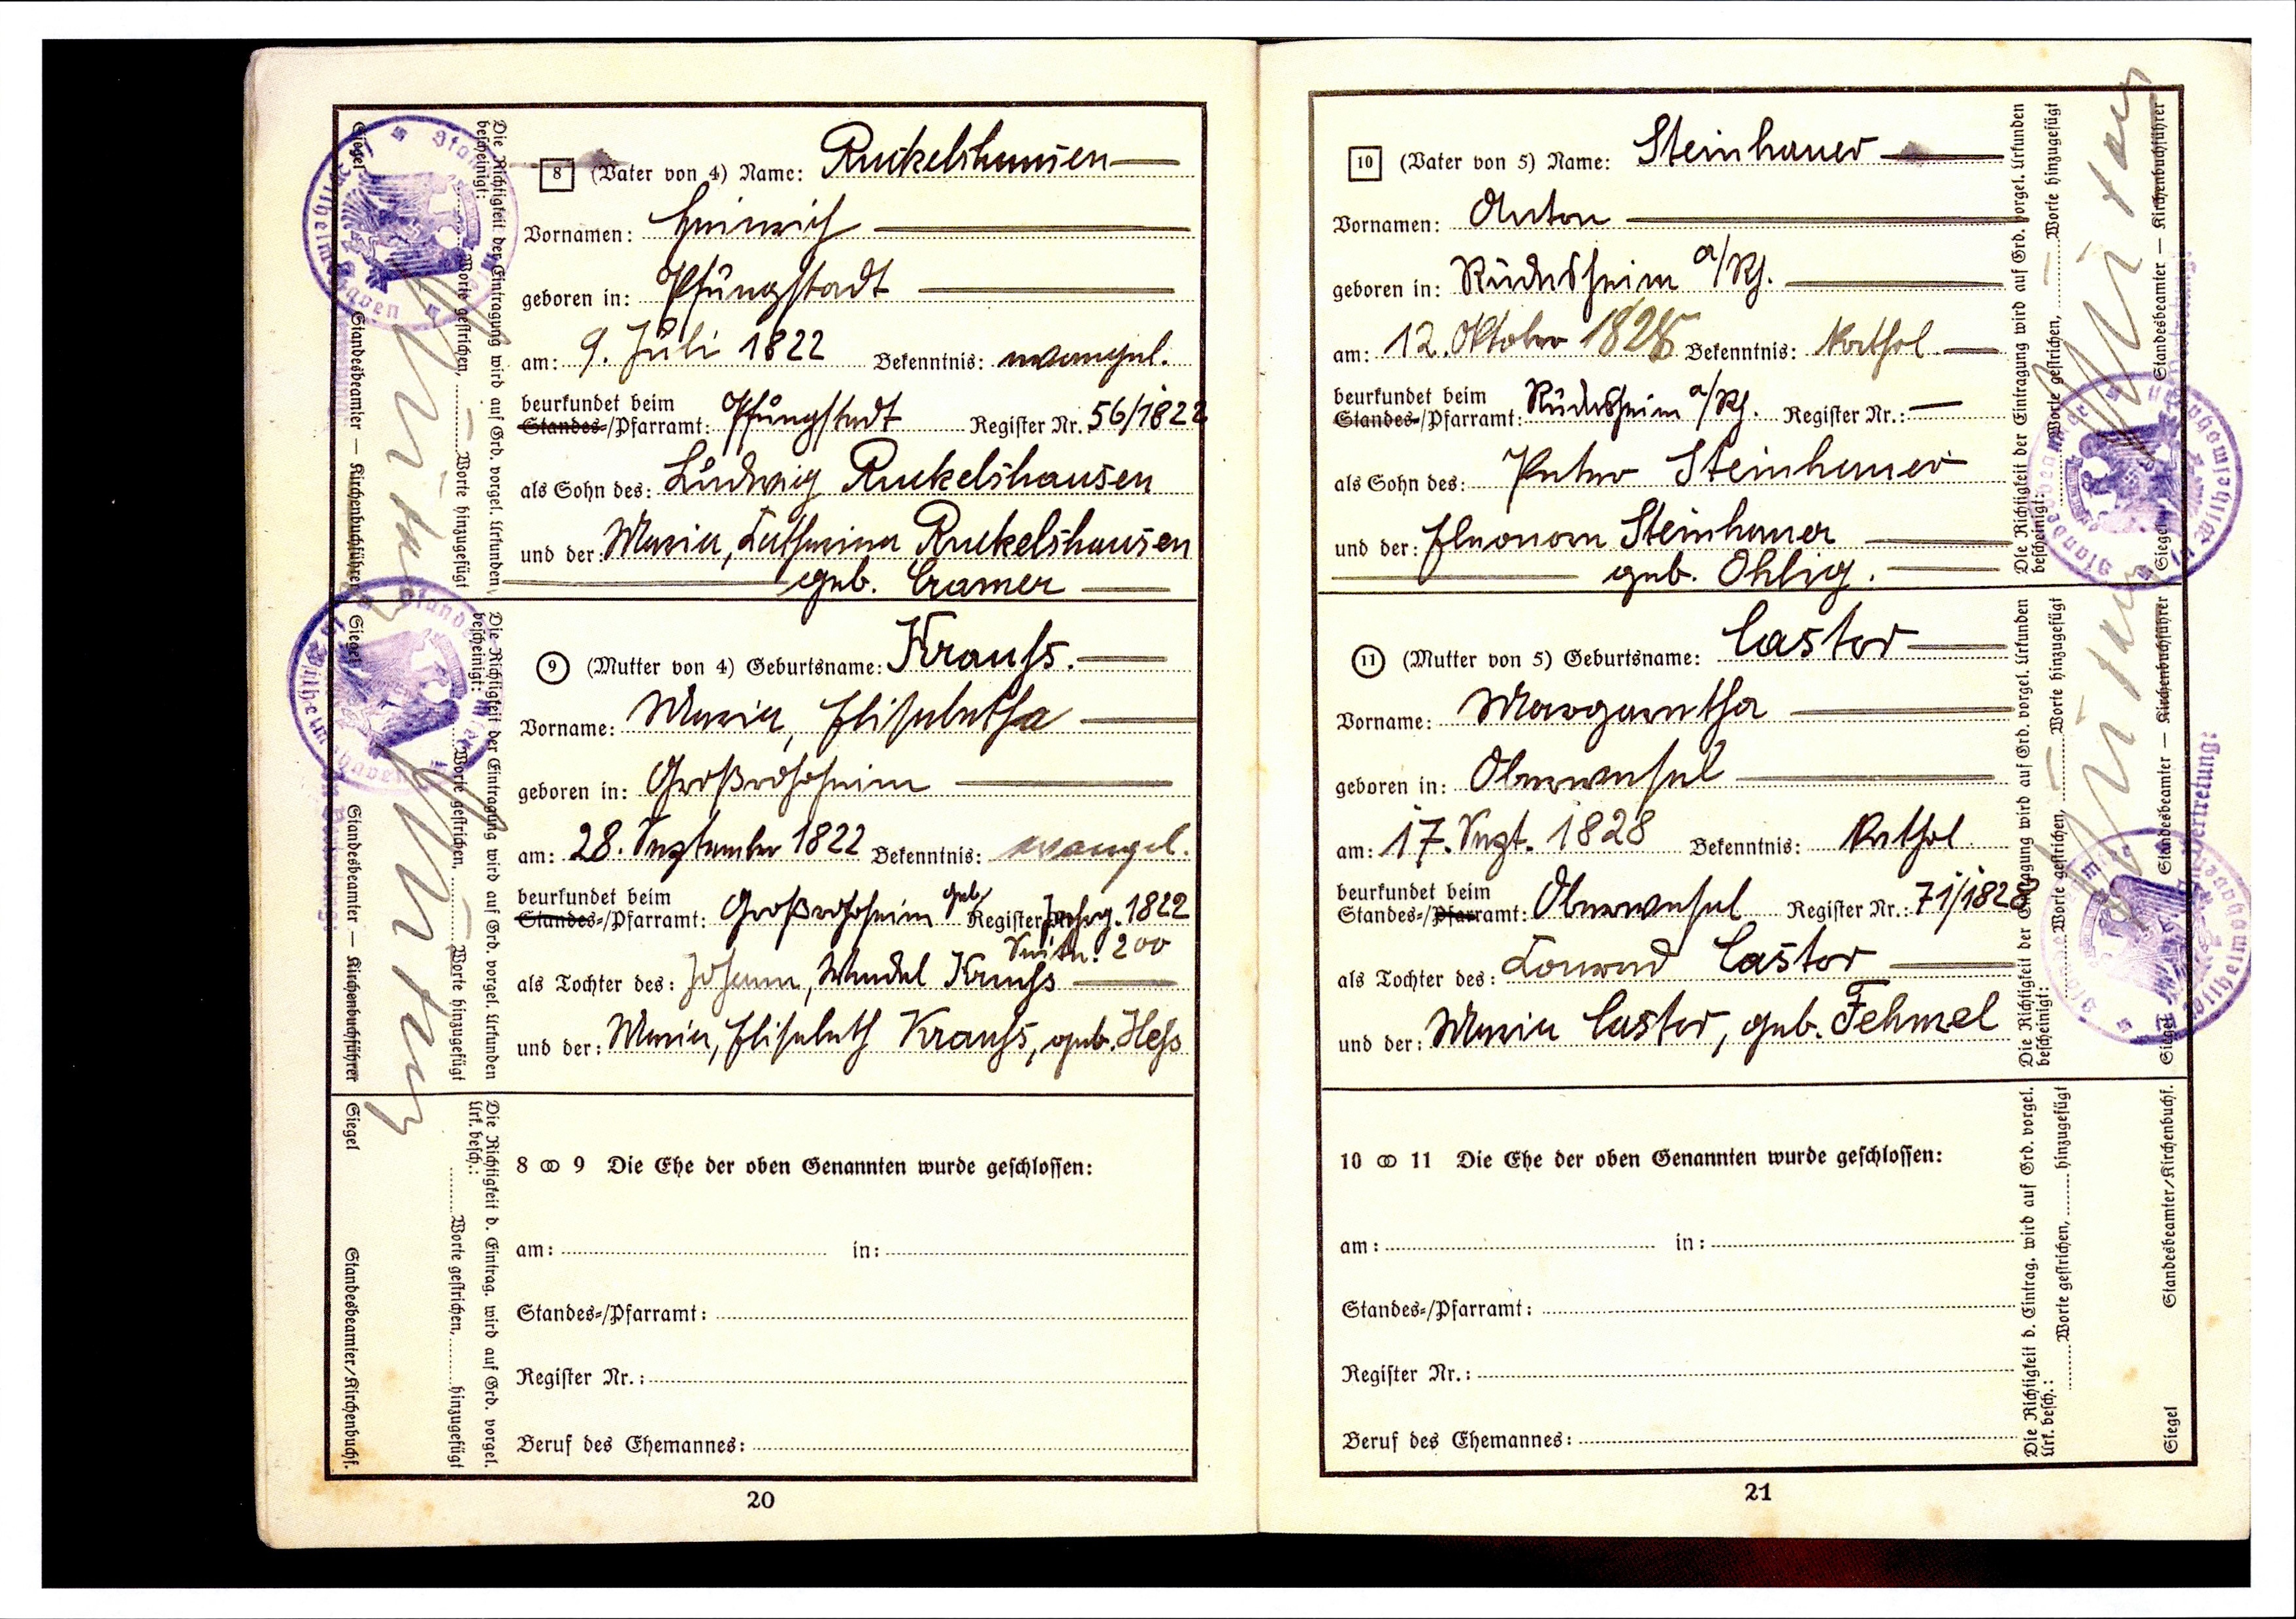
Ruckelshausen
Heinrich
Pfungstadt
9. Juli 1822  Bekenntnis.: evangel.
Pfungstadt Register Nr. 56/1822
Ludwig Ruckelshausen
Maria, Catharina Ruckelshausen
geb. Cramer
Krauhs
Maria, Elisabetha
Großrohrheim
28. September 1822 Bekenntnis: evangel.
Großrohrheim  geb. Register Nr.: Jahrg. 1822 Seite 200
Johann, Wendel Krauhs
Maria, Elisabeth Krauhs, geb. Hehs

Steinhauer
Anton
Rüdesheim a/Rh.
12. Oktober 1828 Bekenntnis: Kathol.
Rüdesheim a/Rh.
Peter Steinhauer
Eleonora Steinhauer
geb. Ohlig
Lastor
Margaretha
Oberwesel
17. Sept. 1828 Bekenntnis: Kathol.
Oberwesel Register Nr.: 71/1828
Conrad Lastor
Maria Lastor, geb. Fehmel